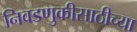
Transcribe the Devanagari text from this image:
निवडणुकीसाठीच्या